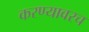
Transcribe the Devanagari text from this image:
करण्यावरच